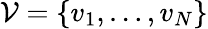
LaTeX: \mathcal{V}=\{ v_{1},\ldots,v_{N}\}